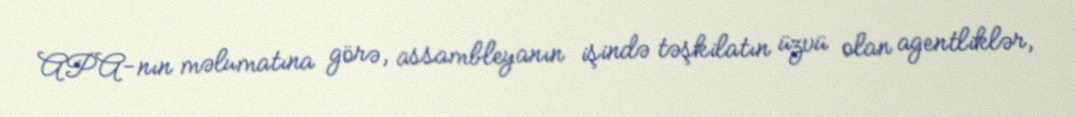
APA-nın məlumatına görə, assambleyanın işində təşkilatın üzvü olan agentliklər,